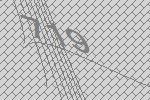
719